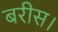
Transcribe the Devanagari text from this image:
बरीस।